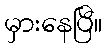
မှားနေပြီ။